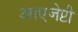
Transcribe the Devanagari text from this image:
आएजेप्टी